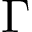
\Gamma